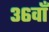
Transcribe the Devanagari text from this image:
३६वाँ